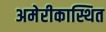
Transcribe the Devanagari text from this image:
अमेरीकास्थित